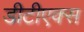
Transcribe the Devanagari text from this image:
डीटीएक्स